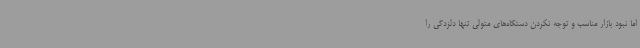
اما نبود بازار مناسب و توجه نکردن دستگاه‌های متولی تنها دلزدگی را